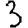
Digit: 3